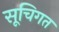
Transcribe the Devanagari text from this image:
सूचिगत